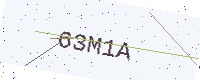
Text: 63M1A